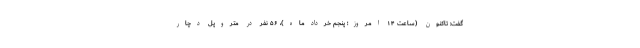
گفت: تاکنون (ساعت ۱۴ امروز؛ پنجم خردادماه)، ۵۶ نفر در متروپل دچار